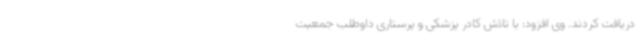
دریافت کردند. وی افزود: با تلاش کادر پزشکی و پرستاری داوطلب جمعیت